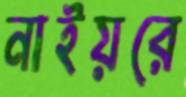
নাইয়রে